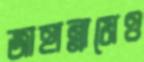
জাহান্নামেও